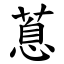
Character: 蒠